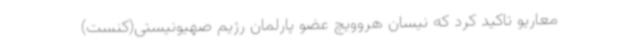
معاریو تاکید کرد که نیسان هروویچ عضو پارلمان رژیم صهیونیستی(کنست)